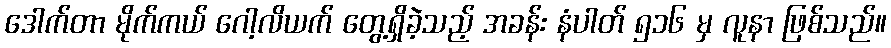
ဒေါက်တာ မိုက်ကယ် ဂေါ့လိယက် တွေ့ရှိခဲ့သည့် အခန်း နံပါတ် ၅၁၆ မှ လူနာ ဖြစ်သည်။